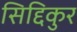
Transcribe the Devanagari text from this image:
सिद्दिकुर